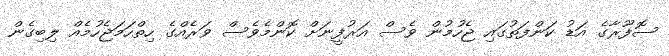
ސޮފޫރާގެ އަޑު ކަންފަތުގައި ޖެހުމުން ވެސް އަރުފީނަށް ކޮންމެވެސް ވަރެއްގެ ހިތްހަމަޖެހުމެއް ލިބިގެން